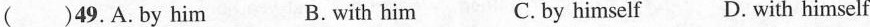
( )49. A.by him B.with him C. by himself D. with himself